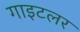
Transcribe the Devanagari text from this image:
गाइटलर